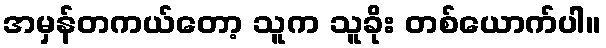
အမှန်တကယ်တော့ သူက သူခိုး တစ်ယောက်ပါ။